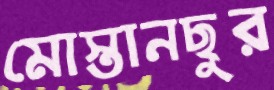
মোস্তানছুর